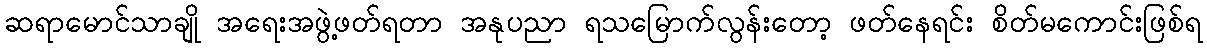
ဆရာမောင်သာချို အရေးအဖွဲ့ဖတ်ရတာ အနုပညာ ရသမြောက်လွန်းတော့ ဖတ်နေရင်း စိတ်မကောင်းဖြစ်ရ